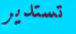
تستدير